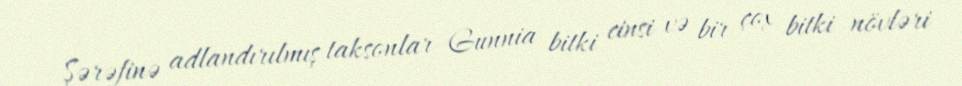
Şərəfinə adlandırılmış taksonlar Gunnia bitki cinsi və bir çox bitki növləri